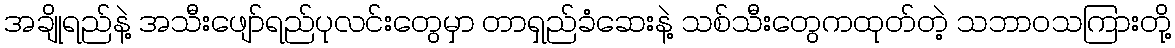
အချိုရည်နဲ့ အသီးဖျော်ရည်ပုလင်းတွေမှာ တာရှည်ခံဆေးနဲ့ သစ်သီးတွေကထုတ်တဲ့ သဘာဝသကြားတို့